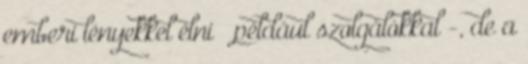
emberi lényekkel élni – például szolgálókkal -, de a